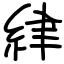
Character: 䋖